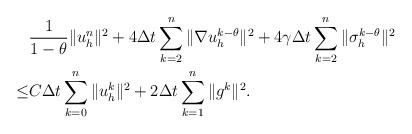
LaTeX: \begin{align*}&\frac{1}{1-\theta}\|u_h^{n}\|^2+4\Delta t\sum_{k=2}^n\|\nabla u_h^{k-\theta}\|^2+4\gamma\Delta t\sum_{k=2}^n\|\sigma_h^{k-\theta}\|^2\\\leq&C\Delta t\sum_{k=0}^n\|u_h^{k}\|^2+2\Delta t\sum_{k=1}^n\|g^{k}\|^2.\end{align*}